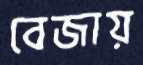
বেজায়